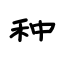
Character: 种